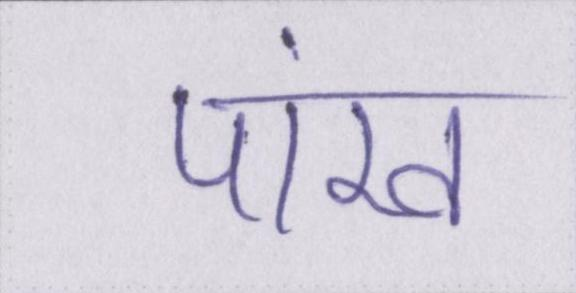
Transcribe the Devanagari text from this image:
पांख